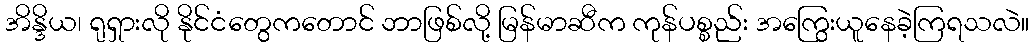
အိန္ဒိယ၊ ရုရှားလို နိုင်ငံတွေကတောင် ဘာဖြစ်လို့ မြန်မာဆီက ကုန်ပစ္စည်း အကြွေးယူနေခဲ့ကြရသလဲ။